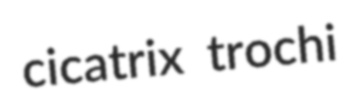
cicatrix trochi